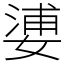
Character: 㜑